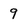
Character: 9